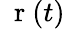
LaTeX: \mathrm{~\mathbf~r~}(t)